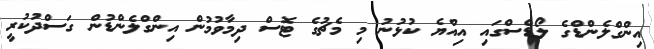
އިންގްލެންޑްގެ ލޯޑްސްގައި އިއްޔެ ކުޅުނު މި މެޗުގެ ޓޮސް ދިމާވުމުން އިންގްލެންޑުން ގަސްދުކުރީ